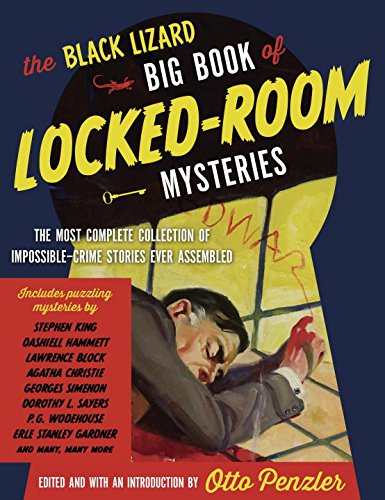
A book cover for The Black Lizard Big Book of Locked-Room Mysteries (Vintage Crime/Black Lizard); Otto Penzler; Mystery, Thriller & Suspense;